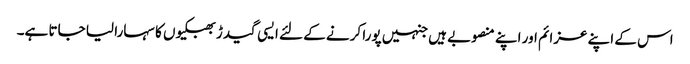
اس کے اپنے عزائم اور اپنے منصوبے ہیں جنہیں پورا کرنے کے لئے ایسی گیدڑ بھبکیوں کا سہارا لیا جاتا ہے۔